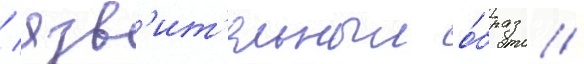
/ язв'ит'ельныи о́браз /